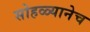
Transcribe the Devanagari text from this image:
सोहळ्यानेच